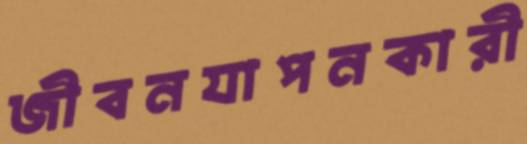
জীবনযাপনকারী